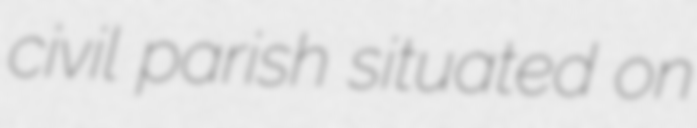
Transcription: civil parish situated on